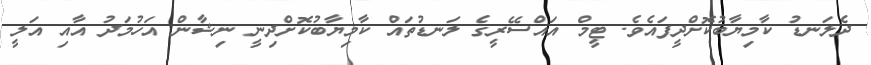
ދެލަނޑު ކާމިޔާބުކޮށްދީފައެވެ. ޓީމް އައްސޭރީގެ ލަނޑުތައް ކާމިޔާބުކޮށްދިނީ ނިޝާން އަހުމަދު އާއި އަލީ